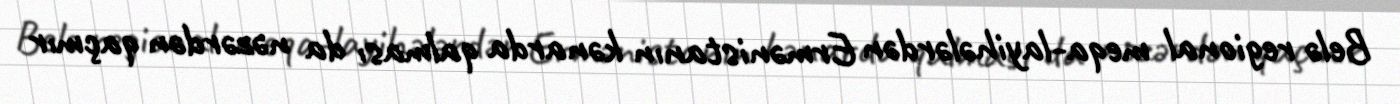
Belə regional meqa-layihələrdən Ermənistanın kənarda qalması da nəzərdən qaçmır